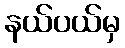
နယ်ပယ်မှ